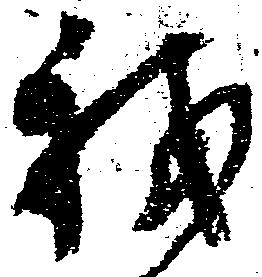
我